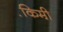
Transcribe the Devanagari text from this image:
कि़मी़